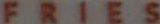
FRIES